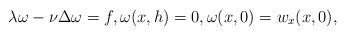
LaTeX: \begin{align*}\lambda \omega-\nu \Delta \omega = f, \omega(x,h)=0, \omega(x,0)=w_x(x,0),\end{align*}